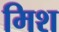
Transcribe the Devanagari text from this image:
मिश